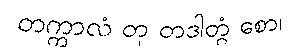
တက္ကာလံ တု တဒါတွံ စော၊